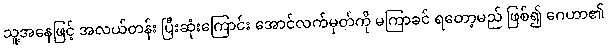
သူ့အနေဖြင့် အလယ်တန်း ပြီးဆုံးကြောင်း အောင်လက်မှတ်ကို မကြာခင် ရတော့မည် ဖြစ်၍ ဂေဟာ၏